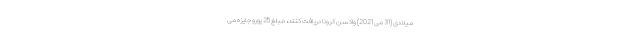
میلادی (31 می 2021) واکسن کرونا دریافت کنند، مبلغ 25 یورو جایزه می